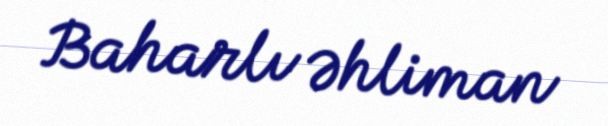
Baharlı Əhliman